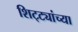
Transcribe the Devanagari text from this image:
शिट्ट्यांच्या